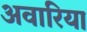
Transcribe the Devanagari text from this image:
अवारिया